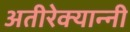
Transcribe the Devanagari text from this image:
अतीरेक्यान्नी